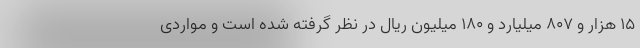
۱۵ هزار و ۸۰۷ میلیارد و ۱۸۰ میلیون ریال در نظر گرفته شده است و مواردی